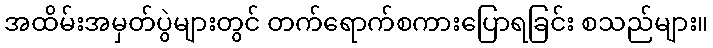
အထိမ်းအမှတ်ပွဲများတွင် တက်ရောက်စကားပြောရခြင်း စသည်များ။